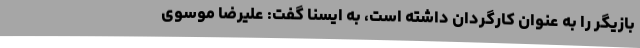
بازیگر را به عنوان کارگردان داشته است، به ایسنا گفت: علیرضا موسوی